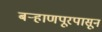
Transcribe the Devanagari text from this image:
बऱ्हाणपूरपासून